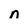
Character: n